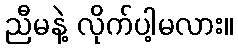
ညီမနဲ့ လိုက်ပါ့မလား။